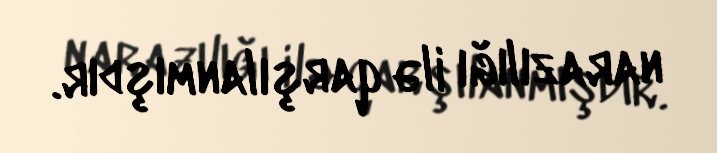
narazılığı ilə qarşılanmışdır.